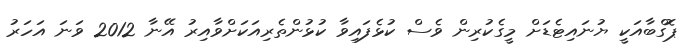
ޕޮގްބާއަކީ ޔުނައިޓެޑަށް މީގެކުރިން ވެސް ކުޅެފައިވާ ކުޅުންތެރިއަކަށްވާއިރު އޭނާ 2012 ވަނަ އަހަރު